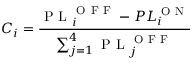
C _ { i } = \frac { \mathrm { ~ P ~ L ~ } _ { i } ^ { \mathrm { ~ O ~ F ~ F ~ } } - P L _ { i } ^ { \mathrm { ~ O ~ N ~ } } } { \sum _ { j = 1 } ^ { 4 } \mathrm { ~ P ~ L ~ } _ { j } ^ { \mathrm { ~ O ~ F ~ F ~ } } }